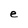
Character: e